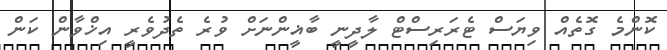
ކޮންމެ ގޮތެއް ވިޔަސް ޓެރަރިސްޓް ލާދީނީ ބާޣީންނަށް ވުރެ ތެދުވެރީ އިޚްވާން ކަން